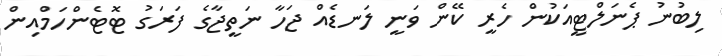
ލިބުނު ޕެނަލްޓީއަކުން ހެރީ ކޭން ވަނީ ލަނޑެއް ޖަހާ ނަތީޖާގެ ފަރަގު ޓޮޓެންހަމްއިން